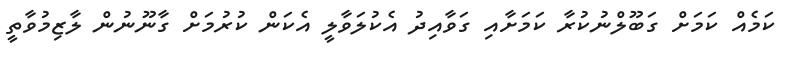
ކަމެއް ކަމަށް ގަބޫލްނުކުރާ ކަމަށާއި ގަވާއިދު އެކުލަވާލީ އެކަން ކުރުމަށް ގާނޫނުން ލާޒިމުވާތީ